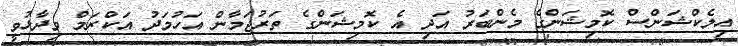
އިލެކްޝަންސް ކޮމިޝަންގެ މެންބަރު އަދި އެ ކޮމިޝަންގެ ތަރުޖަމާން އަހުމަދު އަކްރަމް ވިދާޅުވީ